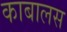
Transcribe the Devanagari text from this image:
काबालस